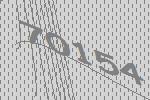
70154